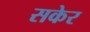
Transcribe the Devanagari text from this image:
सकेर